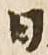
日